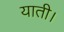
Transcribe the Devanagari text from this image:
याती।